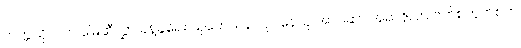
တက္ကသိုလ်က မြေဆီလွှာ ခန့်ခွဲရေး သုတေသန လုပ်နေသူ အဲလ်ဆာ အရာဇိုလာ ဗက်စကွက်စ်က